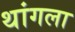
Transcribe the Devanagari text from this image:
थांगला